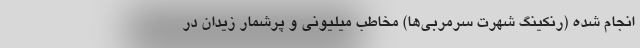
انجام شده (رنکینگ شهرت سرمربی‌ها) مخاطب میلیونی و پرشمار زیدان در